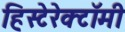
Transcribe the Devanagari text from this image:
हिस्टेरेक्टॉमी